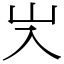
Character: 㞥